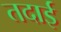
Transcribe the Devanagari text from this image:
तदाई